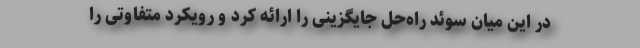
در این میان سوئد راه‌حل جایگزینی را ارائه کرد و رویکرد متفاوتی را